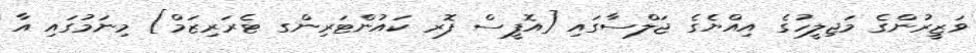
ވަޒީރުންގެ މަޖިލީހުގެ އިއްޔެގެ ޖަލްސާގައި [އޮފީސް ފޮރ ކައުންޓަރިންގ ޓެރަރިޒަމް] މިނަމުގައި އާ